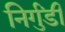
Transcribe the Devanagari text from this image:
निर्गुंडी